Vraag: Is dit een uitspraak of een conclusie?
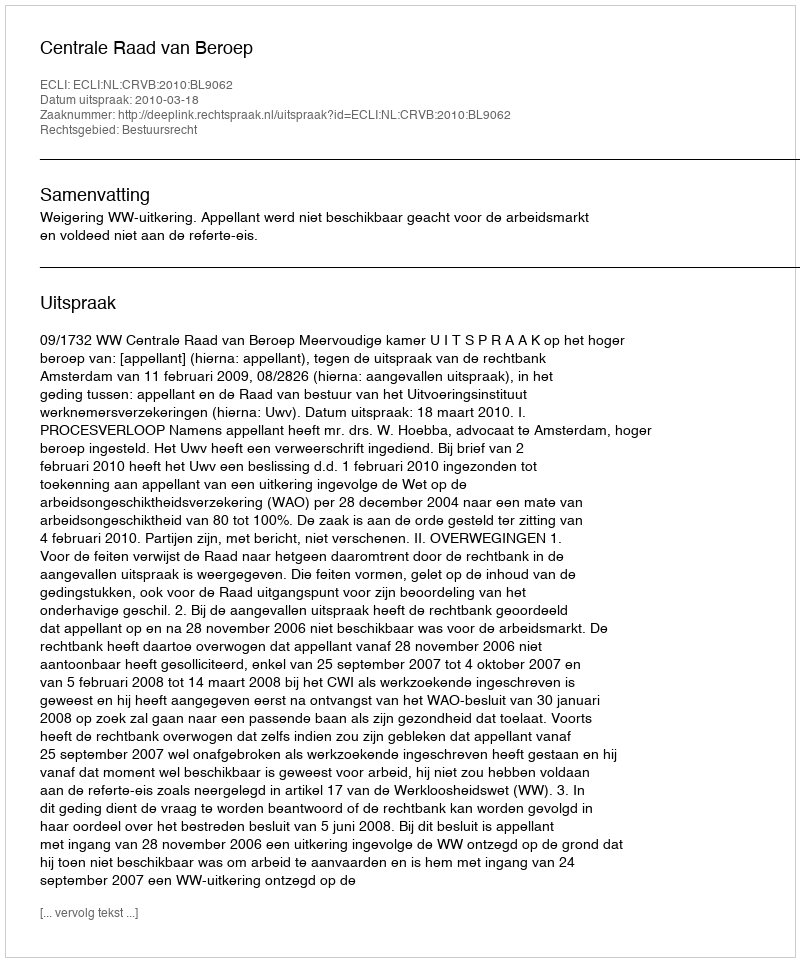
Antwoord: Uitspraak